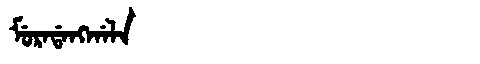
Manchu: ᠮᡠᡵᠠᡩᠠᠩᡤᠠᠯᠠ
Romanization: MURADANGGALA